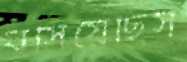
বসিয়েছিস